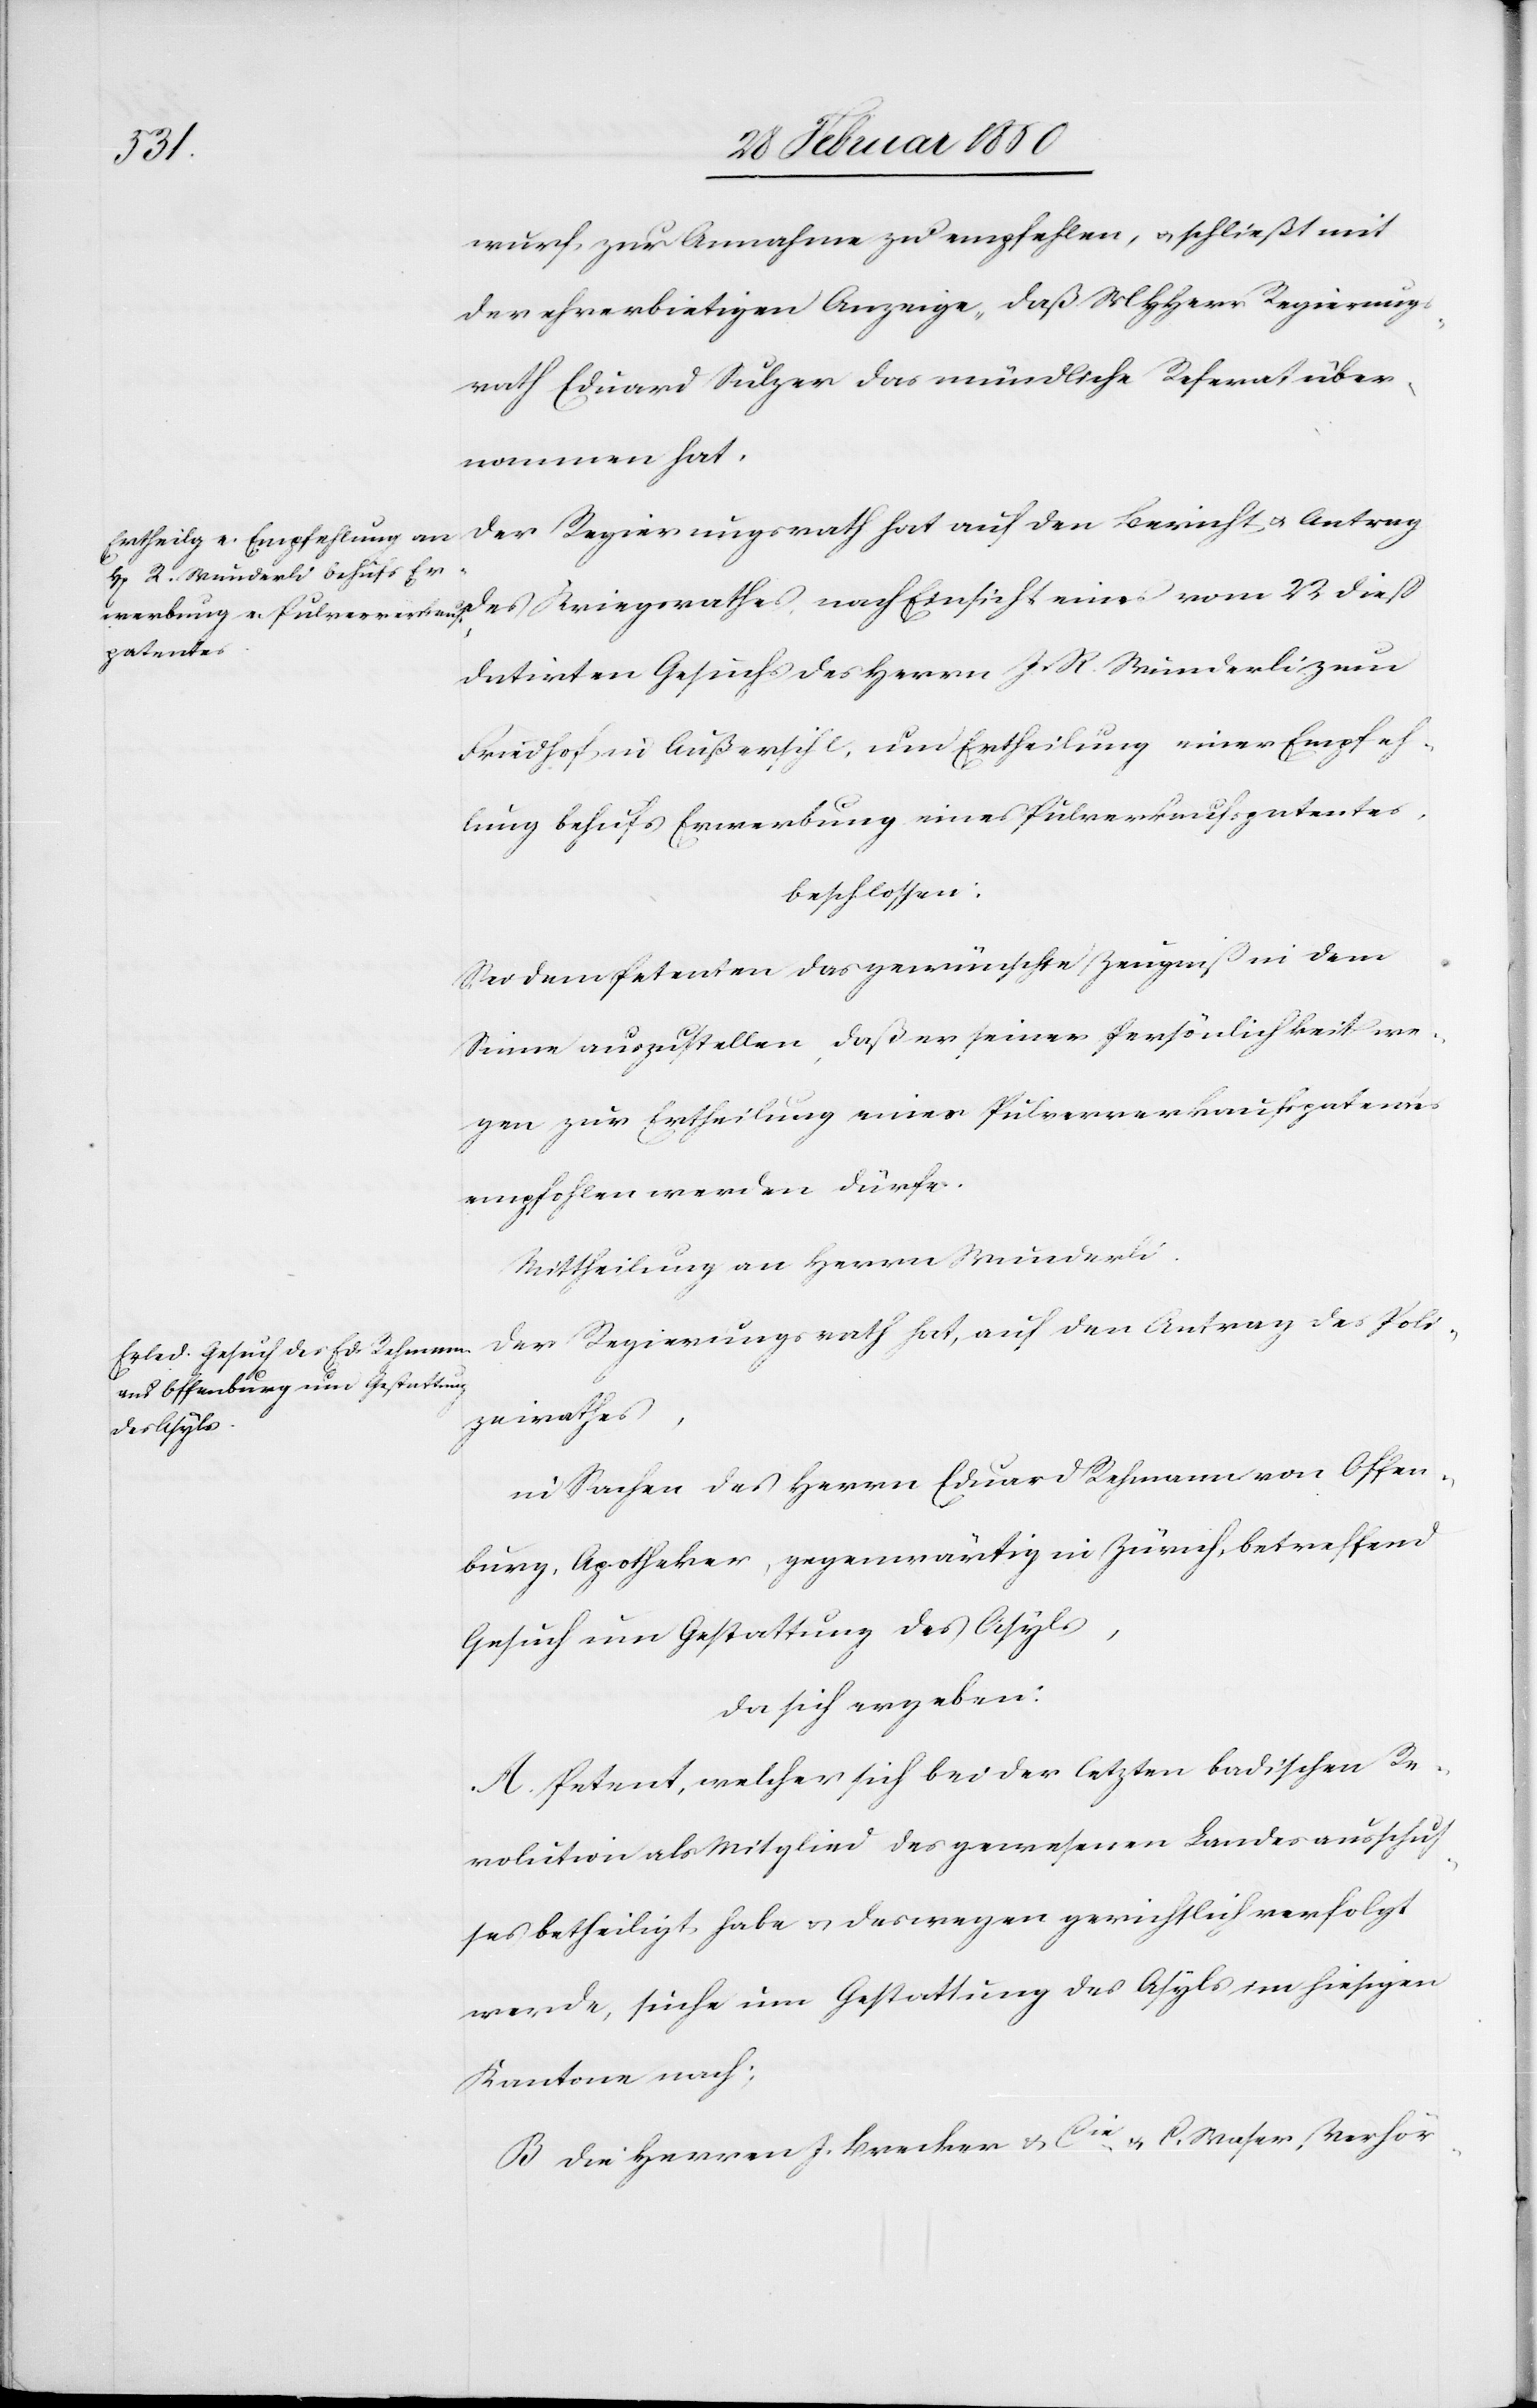
wurf zur Annahme zu empfehlen, u. schließt mit
der ehrerbietigen Anzeige, daß MHHerr Regierungs¬
rath Eduard Sulzer das mündliche Referat über¬
nommen hat.
datirten Gesuchs des Herrn J. R. Wunderli zum
Friedhof in Außersihl, um Ertheilung einer Empfeh¬
lung behufs Erwerbung eines Pulververkaufspatentes
beschlossen:
Sei dem Petenten das gewünschte Zeugniß in dem
Sinne auszustellen, daß er seiner Persönlichkeit we¬
gen zur Ertheilung eines Pulververkaufspatentes
empfohlen werden dürfe.
Mittheilung an Herrn Wunderli.
Der Regierungsrath hat, auf den Antrag des Poli¬
zeirathes,
in Sachen des Herrn Eduard Rehmann von Offen¬
burg, Apotheker, gegenwärtig in Zürich, betreffend
Gesuch um Gestattung des Asyls,
da sich ergeben:
A. Petent, welcher sich bei der letzen badischen Re¬
volution als Mitglied des gewesenen Landesausschus¬
ses betheiligt habe u. deswegen gerichtlich verfolgt
werde, suche um Gestattung des Asyls im hiesigen
Kantone nach:
B Die Herren J. Brecker u. Cie u. C. Waser, Verhör-